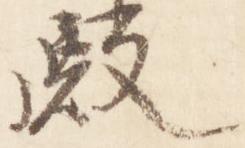
殿